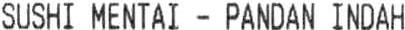
SUSHI MENTAI - PANDAN INDAH